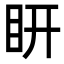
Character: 䀘